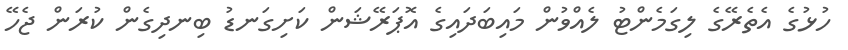
ހުޅުގެ އެތެރޭގެ ލިގަމެންޓު ލެއްވުން މައިބަދައިގެ އޮޕަރޭޝަން ކަށިގަނޑު ބިނދިގެން ކުރަން ޖެހޭ